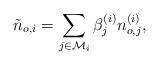
LaTeX: \begin{align*}\tilde{n}_{o,i}=\sum_{j\in\mathcal{M}_i}\beta_j^{(i)} n_{o,j}^{(i)},\end{align*}